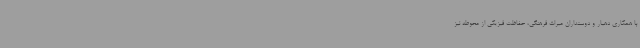
با همکاری دهیار و دوستداران میراث فرهنگی، حفاظت فیزیکی از محوطه نیز